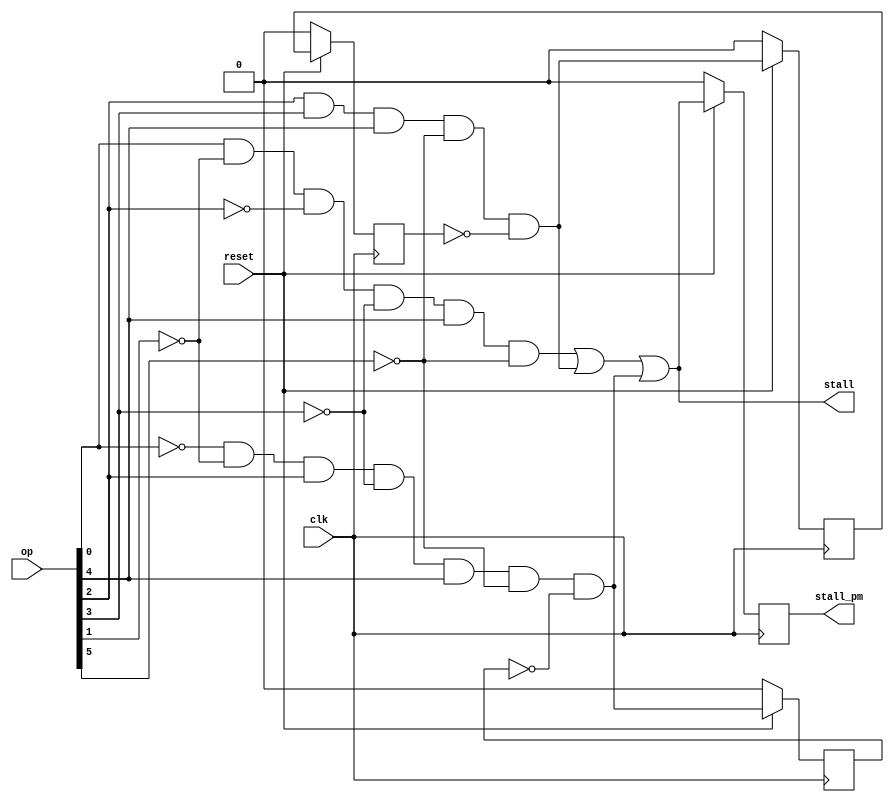
`timescale 1ns / 1ps
//////////////////////////////////////////////////////////////////////////////////
// Company: 
// Engineer: 
// 
// Design Name: 
// Module Name:    Stall_Control_Block 
// Project Name: 
// Target Devices: 
// Tool versions: 
// Description: 
//
// Dependencies: 
//
// Revision: 
// Revision 0.01 - File Created
// Additional Comments: 
//
//////////////////////////////////////////////////////////////////////////////////
module Stall_Control_Block(
    input [5:0] op,
    input clk,
    input reset,
    output stall,
    output stall_pm
    );	
	 
	 //wire to get combinatorial output
	 wire hlt , jump , ld ;
	 
	 //wire to get output of D flip flops
	 wire o1,o2,o3,o4 ;
	 
	 //Temporary register to store output of flip flops
	 reg tmp1 , tmp2 ,tmp3 , tmp4 ;
	 
	 //combinatorial logic
	 assign hlt = (op[0]&~op[1]&~op[2]&~op[3]&op[4]&~op[5]) ;
	 assign ld = (~op[0]&~op[1]&op[2]&~op[3]&op[4]&~op[5]&~o1);
	 assign jump = (op[2]&op[3]&op[4]&~op[5]&~o4);
	 assign stall = (hlt | jump | ld);
	 assign stall_pm = o2;
	 
	 //assigning value of temporary registers to output wires of flip flops
	 assign o1 = tmp1 ;
	 assign o2 = tmp2 ;
	 assign o3 = tmp3 ;
	 assign o4 = tmp4 ;
	
	//running clock cycles to update values of temporary registers
	 always@(posedge clk)
	 begin 
	 
	 //reset logic
	 if(reset == 1'b1)
	 begin
		 tmp1 <= ld ;
		 tmp2 <= stall ;
		 tmp3 <= jump ;
		 tmp4 <= o3 ;
	 end
	 else
	 begin
		tmp1 <= 1'b0 ;
		tmp2 <= 1'b0 ;
		tmp3 <= 1'b0;
		tmp4 <= 1'b0 ;
	 end
	 end

	 

endmodule